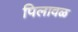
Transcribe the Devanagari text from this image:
पिलावळ